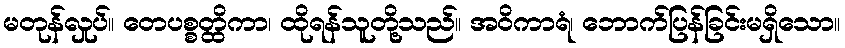
မတုန်လှုပ်။ တေပစ္စတ္ထိကာ၊ ထိုရန်သူတို့သည်။ အဝိကာရံ၊ ဘောက်ပြန်ခြင်းမရှိသော။